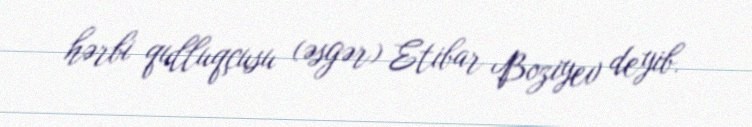
hərbi qulluqçusu (əsgər) Etibar Boziyev deyib.